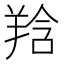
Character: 𦎌